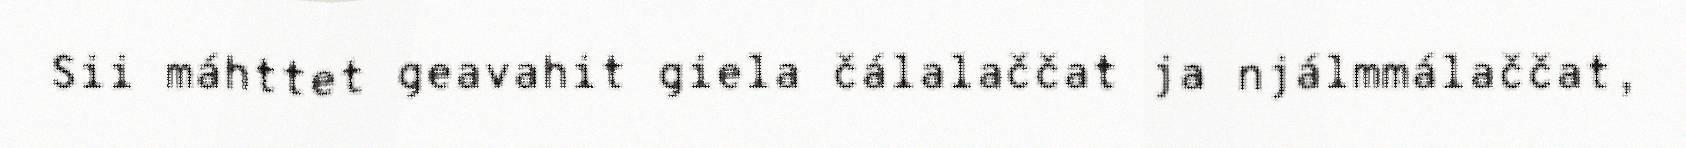
Sii máhttet geavahit giela čálalaččat ja njálmmálaččat,